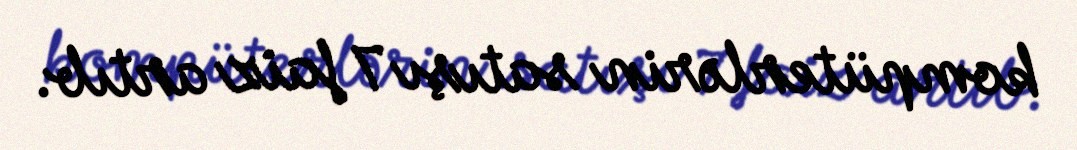
kompüterlərin satışı 7 faiz artıb.